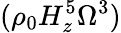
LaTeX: (\rho_{0}H_{z}^{5}\Omega^{3})